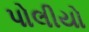
પોલીયો